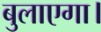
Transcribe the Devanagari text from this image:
बुलाएगा।